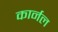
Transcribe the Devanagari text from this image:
कार्नल